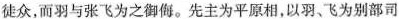
徒众，而羽与张飞为之御侮。先主为平原相，以羽、飞为别部司